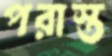
পরাস্ত